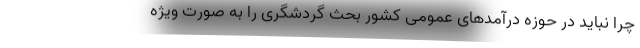
چرا نباید در حوزه درآمد‌های عمومی کشور بحث گردشگری را به صورت ویژه